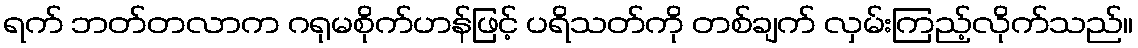
ရက် ဘတ်တလာက ဂရုမစိုက်ဟန်ဖြင့် ပရိသတ်ကို တစ်ချက် လှမ်းကြည့်လိုက်သည်။